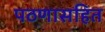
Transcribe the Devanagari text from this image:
पठणासहित